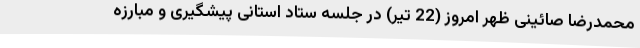
محمدرضا صائینی ظهر امروز (22 تیر) در جلسه ستاد استانی پیشگیری و مبارزه